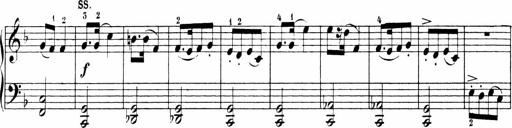
Title: 6 Sonatinas
Composer: Carl Reinecke